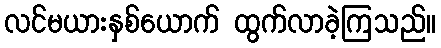
လင်မယားနှစ်ယောက် ထွက်လာခဲ့ကြသည်။